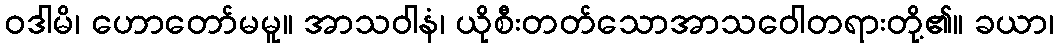
ဝဒါမိ၊ ဟောတော်မမူ။ အာသဝါနံ၊ ယိုစီးတတ်သောအာသဝေါတရားတို့၏။ ခယာ၊